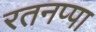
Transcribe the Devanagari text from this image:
रतनप्पा